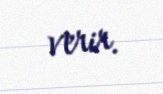
verir.